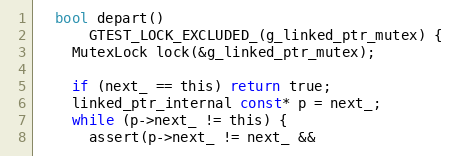
Language: C
  bool depart()
      GTEST_LOCK_EXCLUDED_(g_linked_ptr_mutex) {
    MutexLock lock(&g_linked_ptr_mutex);

    if (next_ == this) return true;
    linked_ptr_internal const* p = next_;
    while (p->next_ != this) {
      assert(p->next_ != next_ &&